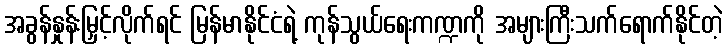
အခွန်နှုန်းမြှင့်လိုက်ရင် မြန်မာနိုင်ငံရဲ့ ကုန်သွယ်ရေးကဏ္ဍကို အများကြီးသက်ရောက်နိုင်တဲ့